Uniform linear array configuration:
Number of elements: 4
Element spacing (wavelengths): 0.5
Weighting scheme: hamming
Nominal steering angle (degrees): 60
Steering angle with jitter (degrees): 59.057
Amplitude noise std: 0.05
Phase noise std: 0.05

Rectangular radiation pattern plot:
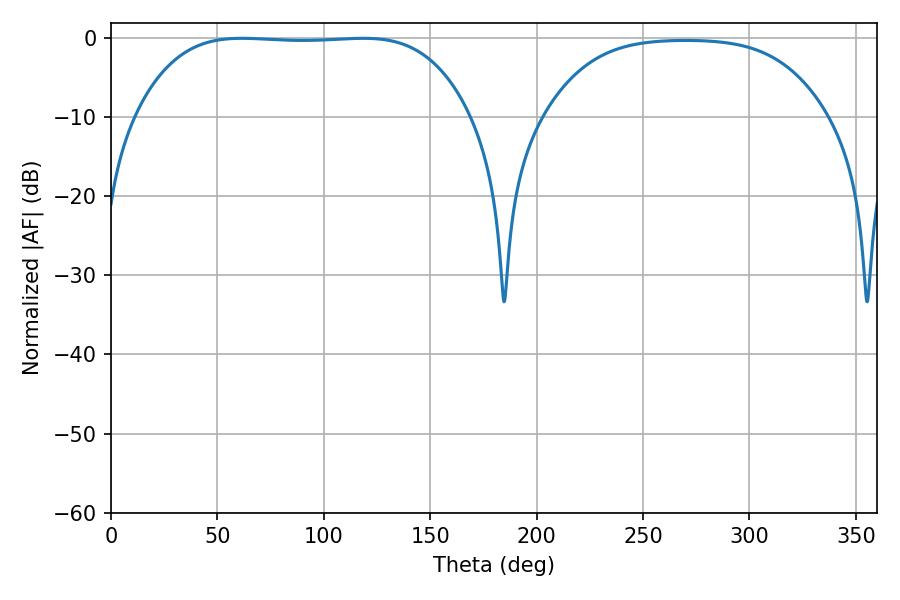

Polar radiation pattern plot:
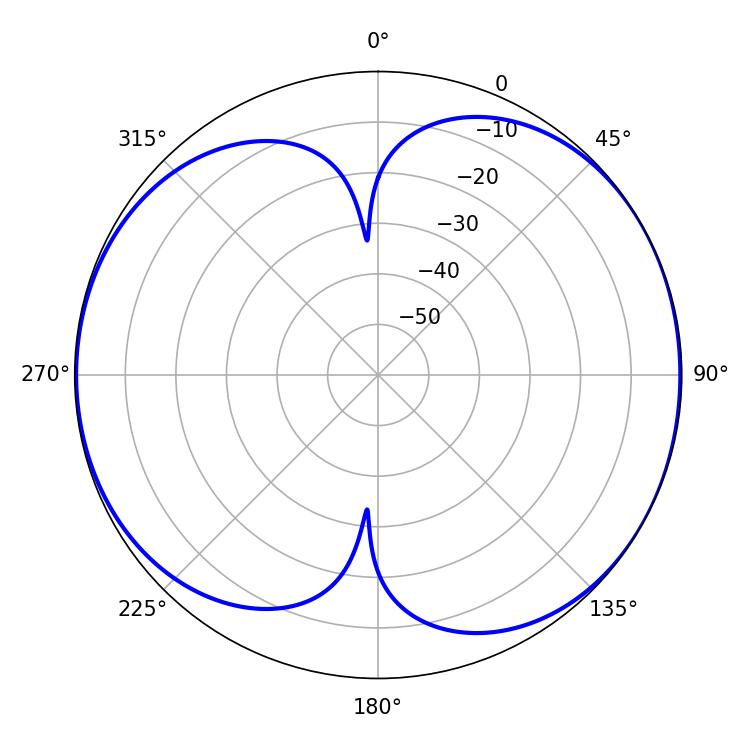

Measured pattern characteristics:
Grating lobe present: FALSE
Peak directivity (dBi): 7.106
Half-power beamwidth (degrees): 122.04
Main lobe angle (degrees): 61.38